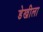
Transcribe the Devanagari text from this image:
डेखीला